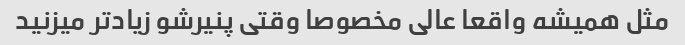
مثل همیشه واقعا عالی مخصوصا وقتی پنیرشو زیاد‌تر میزنید